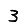
Digit: 3